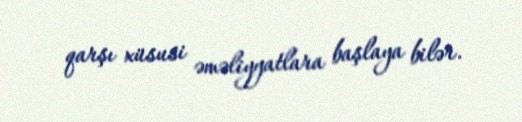
qarşı xüsusi əməliyyatlara başlaya bilər.